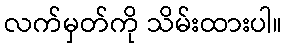
လက်မှတ်ကို သိမ်းထားပါ။